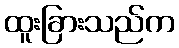
ထူးခြားသည်က